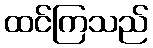
ထင်ကြသည်